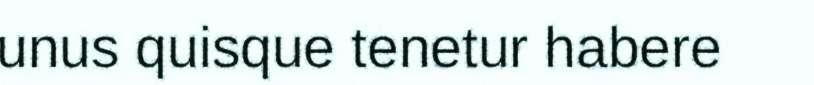
unus quisque tenetur habere